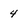
Character: 4